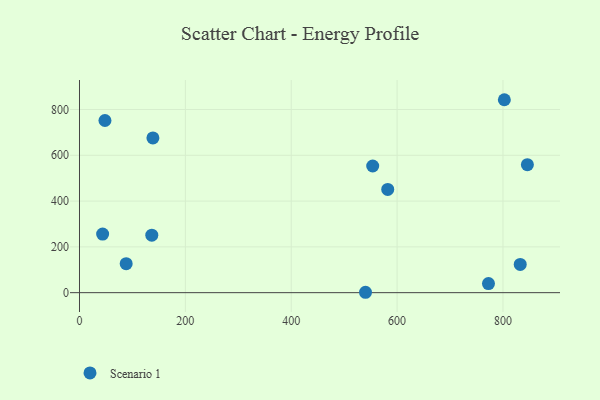
{"axis": {"x": "Study Hours", "y": "Sales"}, "legend": ["Scenario 1"], "data": [{"x": "138.7", "y": 675.7, "type": "Scenario 1"}, {"x": "43.7", "y": 256.0, "type": "Scenario 1"}, {"x": "48.1", "y": 752.0, "type": "Scenario 1"}, {"x": "136.6", "y": 251.1, "type": "Scenario 1"}, {"x": "802.6", "y": 842.7, "type": "Scenario 1"}, {"x": "553.9", "y": 553.3, "type": "Scenario 1"}, {"x": "88.2", "y": 126.6, "type": "Scenario 1"}, {"x": "832.6", "y": 123.5, "type": "Scenario 1"}, {"x": "772.6", "y": 39.6, "type": "Scenario 1"}, {"x": "582.3", "y": 450.8, "type": "Scenario 1"}, {"x": "846.1", "y": 559.0, "type": "Scenario 1"}, {"x": "540.3", "y": 1.7, "type": "Scenario 1"}]}